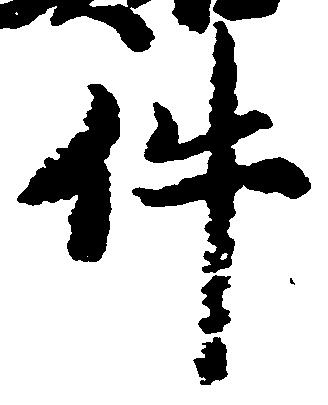
件